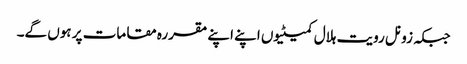
جبکہ زونل رویت ہلال کمیٹیوں اپنے اپنے مقررہ مقامات پر ہوں گے۔